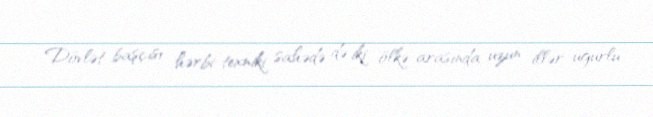
Dövlət başçısı hərbi-texniki sahədə də iki ölkə arasında uzun illər uğurlu